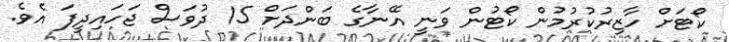
ކޯޓަަށް ހާޒިރުކުރުމުން ކޯޓުން ވަނީ އޭނާގެ ބަންދަށް 15 ދުވަސް ޖަހައިދީފަ އެވެ.